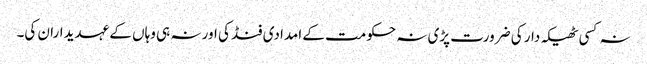
نہ کسی ٹھیکہ دار کی ضرورت پڑی نہ حکومت کے امدادی فنڈ کی اور نہ ہی وہاں کے عہدیداران کی۔